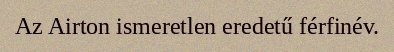
Az Airton ismeretlen eredetű férfinév.